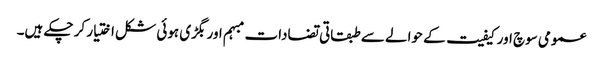
عمومی سوچ اور کیفیت کے حوالے سے طبقاتی تضادات مبہم اور بگڑی ہوئی شکل اختیار کر چکے ہیں۔